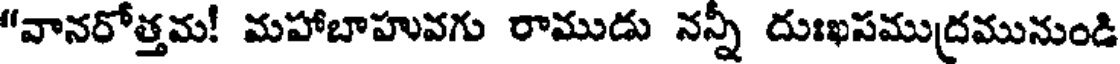
"వానరోత్తమ! మహాబాహువగు రాముడు నన్నీ దుఃఖసముద్రమునుండి